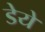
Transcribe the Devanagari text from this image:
डेये